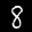
Label: 8